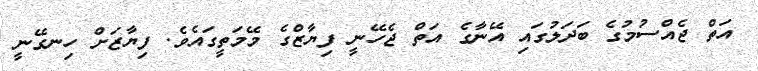
އަތް ޖެއްސުމުގެ ބަދަލުގައި އޭނާގެ އަތް ޖެހޭނީ ފިޔާޒްގެ މޭމަތީގައެވެ. ފިޔާޒަށް ހިނގޭނީ